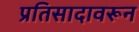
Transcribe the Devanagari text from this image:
प्रतिसादावरून